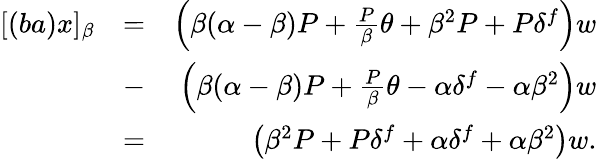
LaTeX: \begin{array}{rlr}{[(ba)x]_{\beta}}&{=}&{\left(\beta(\alpha-\beta)P+\frac{P}{\beta}\theta+\beta^{2}P+P\delta^{f}\right)w}\\ &{-}&{\left(\beta(\alpha-\beta)P+\frac{P}{\beta}\theta-\alpha\delta^{f}-\alpha\beta^{2}\right)w}\\ &{=}&{\left(\beta^{2}P+P\delta^{f}+\alpha\delta^{f}+\alpha\beta^{2}\right)w.}\end{array}